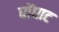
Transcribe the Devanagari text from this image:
घोंघाट